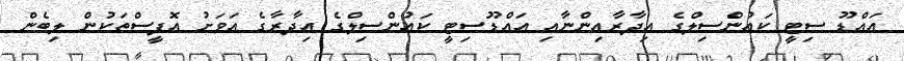
އައްޑޫ ސިޓީ ކައުންސިލްގެ އިދާރާއިންނާއި އައްޑޫސިޓީ ކައުންސިލްގެ އިދާރާގެ އަވަށު އޮފީސްތަކުން ލިބެން